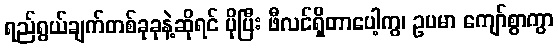
ရည်ရွယ်ချက်တစ်ခုခုနဲ့ဆိုရင် ပိုပြီး ဖီလင်ရှိတာပေါ့ကွ၊ ဥပမာ ကျော်စွာကွာ